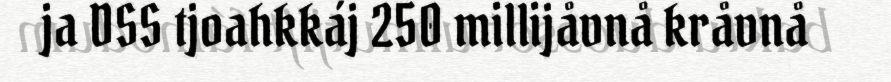
ja DSS tjoahkkáj 250 millijåvnå kråvnå